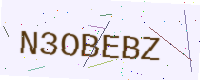
Text: N3OBEBZ